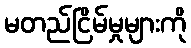
မတည်ငြိမ်မှုများကို